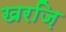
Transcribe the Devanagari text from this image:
खरज़ि